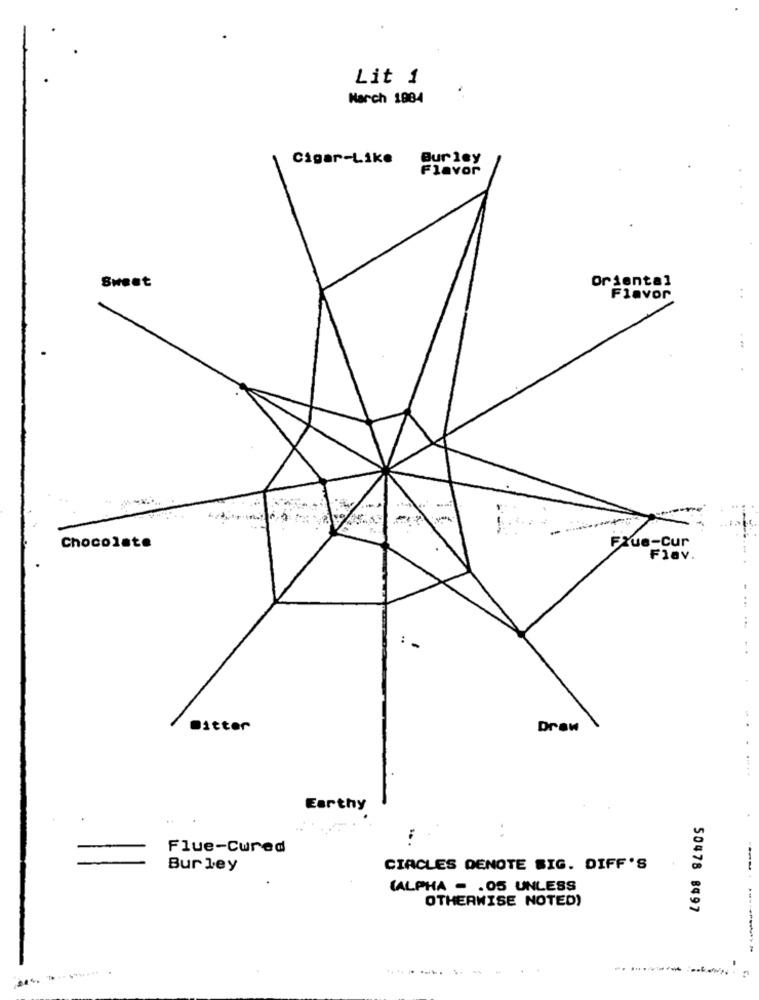
Lit 1
March 1984
Cigar-Like
Bur ley
Flavor
Sweet
Oriental
Flavor
Chocolate
Flue-Cur
Fiav.
Ditter
Draw
Earthy
Flue-Cured
Burley
CIRCLES DENOTE SIG. DIFF'S
---
(ALPHA - . 05 UNLESS
OTHERWISE NOTED)
50478 8497